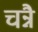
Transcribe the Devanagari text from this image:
चन्नै